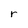
Character: r